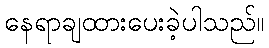
နေရာချထားပေးခဲ့ပါသည်။